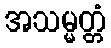
အသမ္မတ္တံ